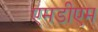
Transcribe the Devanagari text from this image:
एमडीएम